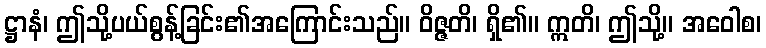
ဋ္ဌာနံ၊ ဤသို့ပယ်စွန့်ခြင်း၏အကြောင်းသည်။ ဝိဇ္ဇတိ၊ ရှိ၏။ ဣတိ၊ ဤသို့။ အဝေါစ၊